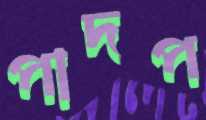
পাদপ